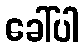
ခေါ်ပါ